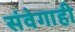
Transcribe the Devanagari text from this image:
संवेगाही